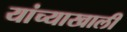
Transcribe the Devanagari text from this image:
यांच्याखाली